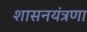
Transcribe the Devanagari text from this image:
शासनयंत्रणा